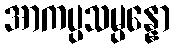
အာကပ္ပသမ္ပန္နော